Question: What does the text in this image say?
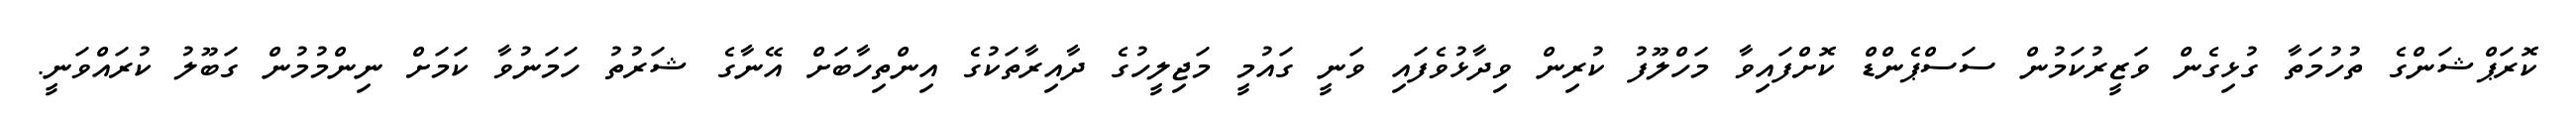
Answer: ކޮރަޕްޝަންގެ ތުހުމަތާ ގުޅިގެން ވަޒީރުކަމުން ސަސްޕެންޑް ކޮށްފައިވާ މަހްލޫފު ކުރިން ވިދާޅުވެފައި ވަނީ ގައުމީ މަޖިލީހުގެ ދާއިރާތަކުގެ އިންތިހާބަށް އޭނާގެ ޝަރުތު ހަމަނުވާ ކަމަށް ނިންމުމުން ގަބޫލު ކުރައްވަނީ.